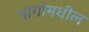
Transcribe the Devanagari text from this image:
पागोमधील